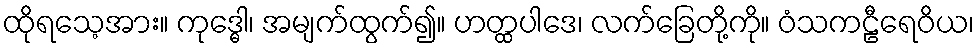
ထိုရသေ့အား။ ကုဒ္ဓေါ၊ အမျက်ထွက်၍။ ဟတ္ထပါဒေ၊ လက်ခြေတို့ကို။ ဝံသကဠီရေဝိယ၊